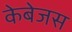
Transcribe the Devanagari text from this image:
केबेजस